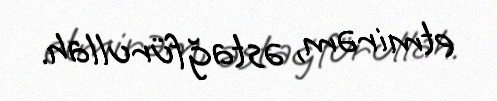
etmirəm, əstağfürullah.